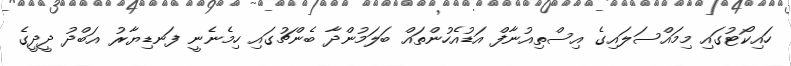
ހައިކޯޓުގައި މިމައްސަލައިގެ އިސްތިއުނާފް އަޑުއެހުންތައް ބަލަމުންދާ ބެންޗުގައި ހިމެނެނީ ފަނޑިޔާރު އަބްދު ދީދީގެ